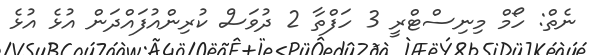
ނެތް: ހޯމް މިނިސްޓްރީ 3 ހަފްތާ 2 ދުވަސް ކުރިންއުފައްދަން އުޅެ އުޅެ